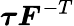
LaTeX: {\boldsymbol{\tau}}{\boldsymbol{F}}^{-T}